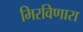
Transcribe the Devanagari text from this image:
मिरविणारा